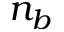
n _ { b }